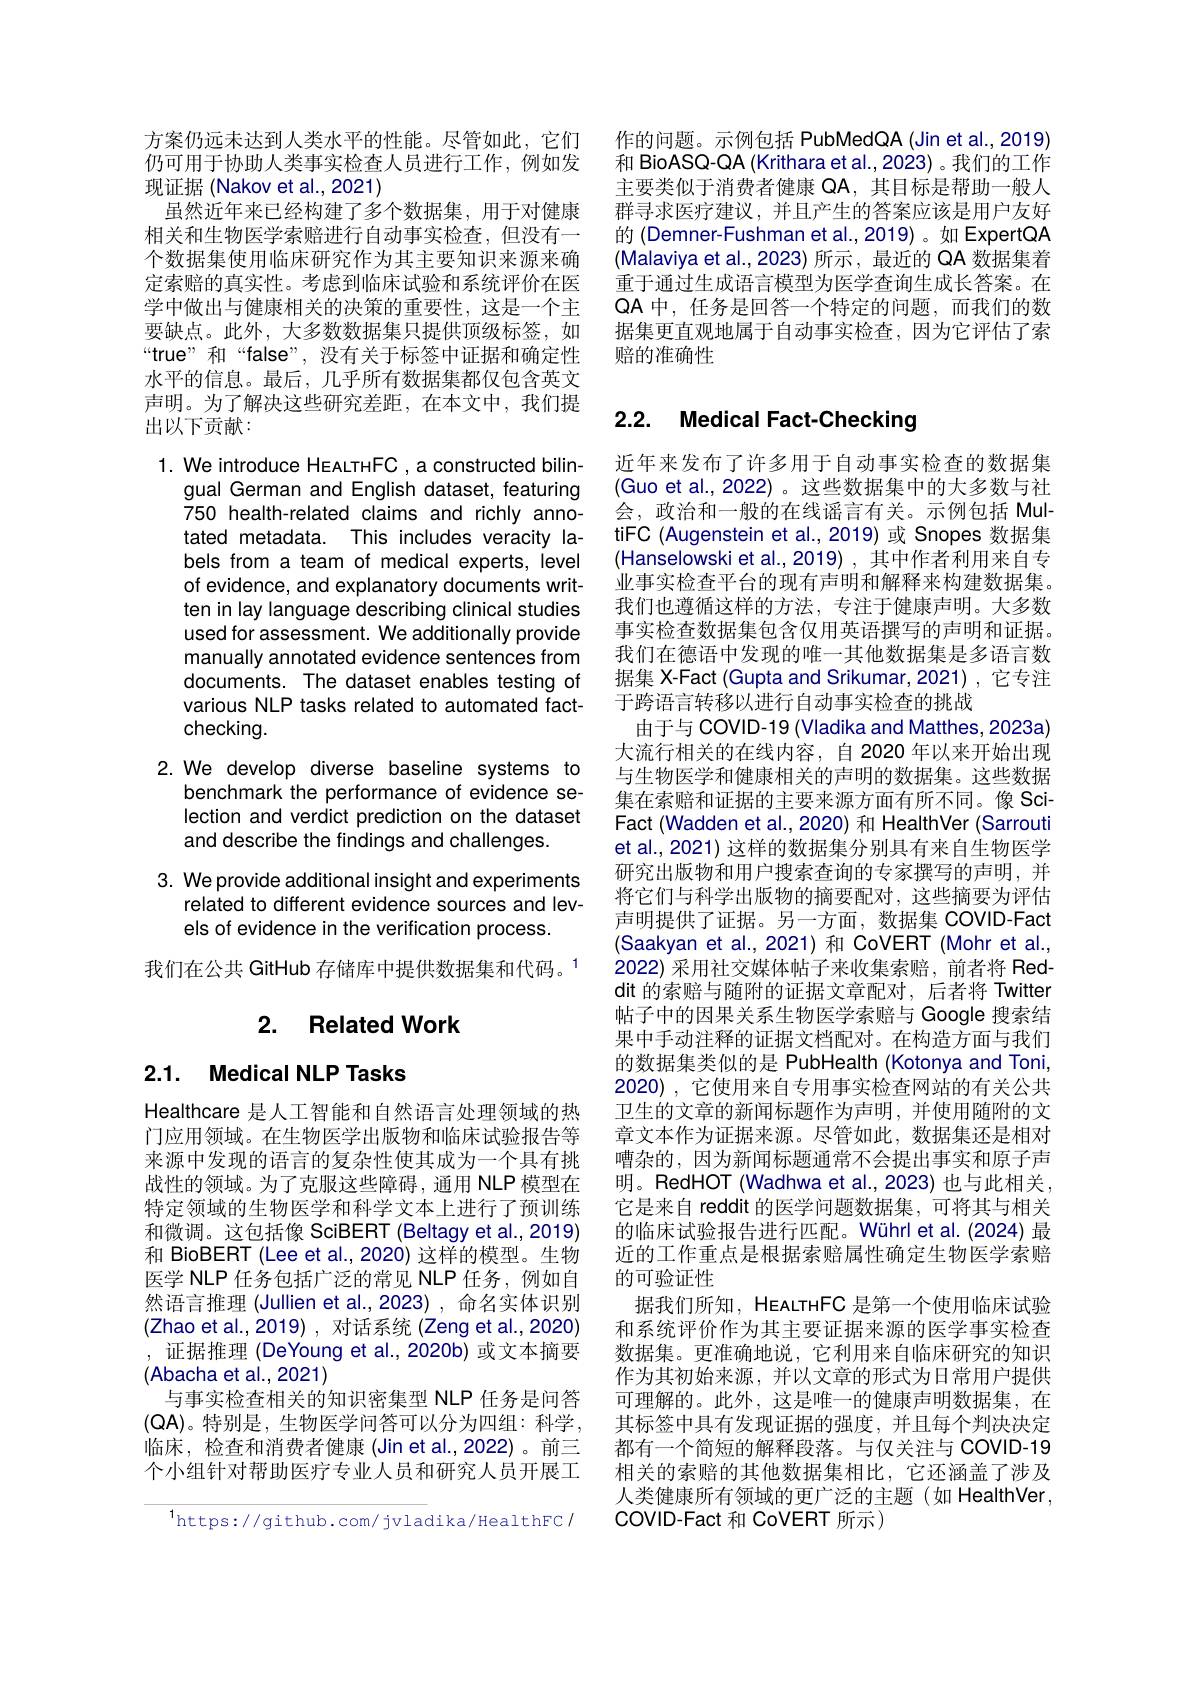
方案仍远未达到人类水平的性能。尽管如此，它们仍可用于协助人类事实检查人员进行工作，例如发现证据(Nakov et al., 2021)
虽然近年来已经构建了多个数据集，用于对健康相关和生物医学索赔进行自动事实检查，但没有一个数据集使用临床研究作为其主要知识来源来确定索赔的真实性。考虑到临床试验和系统评价在医学中做出与健康相关的决策的重要性，这是一个主要缺点。此外，大多数数据集只提供顶级标签，如“true”和“false”,没有关于标签中证据和确定性水平的信息。最后，几乎所有数据集都仅包含英文声明。为了解决这些研究差距，在本文中，我们提出以下贡献：

1. We introduce HeALTHFC, a constructed bilin-
gual German and English dataset, featuring 750 health-related claims and richly annotated metadata. This includes veracity labels from a team of medical experts, level of evidence, and explanatory documents written in lay language describing clinical studies used for assessment. We additionally provide manually annotated evidence sentences from documents. The dataset enables testing of various NLP tasks related to automated factchecking.

2. We develop diverse baseline systems to
benchmark the performance of evidence selection and verdict prediction on the dataset and describe the findings and challenges.

3. We provide additional insight and experiments
related to different evidence sources and lev-
els of evidence in the verification process.

我们在公共 GitHub 存储库中提供数据集和代码。$^{1}$

## 2. Related Work

# 2.1. Medical NLP Tasks

Healthcare 是人工智能和自然语言处理领域的热门应用领域。在生物医学出版物和临床试验报告等来源中发现的语言的复杂性使其成为一个具有挑战性的领域。为了克服这些障碍，通用 NLP 模型在特定领域的生物医学和科学文本上进行了预训练和微调。这包括像 SciBERT (Beltagy et al., 2019) 和 BioBERT (Lee et al.,2020) 这样的模型。生物医学 NLP 任务包括广泛的常见 NLP 任务，例如自然语言推理 (Jullien et al.,2023) ,命名实体识别(Zhao et al.,2019),对话系统(Zeng et al.,2020) ,证据推理(DeYoung et al.,2020b) 或文本摘要(Abacha et al., 2021)
与事实检查相关的知识密集型 NLP 任务是问答(QA)。特别是，生物医学问答可以分为四组：科学， 临床，检查和消费者健康(Jin et al.,2022)。前三个小组针对帮助医疗专业人员和研究人员开展工

$^{1}$https://github.com/jvladika/HealthFC/

作的问题。示例包括 PubMedQA (Jin et al.,2019) 和 BioASQ-QA (Krithara et al.,2023) 。我们的工作主要类似于消费者健康 QA, 其目标是帮助一般人群寻求医疗建议，并且产生的答案应该是用户友好的 (Demner-Fushman et al.,2019) 。如 ExpertQA (Malaviya et al., 2023) 所示 , 最近的 QA 数据集着重于通过生成语言模型为医学查询生成长答案。在QA 中，任务是回答一个特定的问题，而我们的数据集更直观地属于自动事实检查，因为它评估了索赔的准确性

## 2.2. Medical Fact-Checking

近年来发布了许多用于自动事实检查的数据集(Guo et al., 2022)。这些数据集中的大多数与社会，政治和一般的在线谣言有关。示例包括 MultiFC (Augenstein et al.,2019)或 Snopes 数据集(Hanselowski et al.,2019),其中作者利用来自专业事实检查平台的现有声明和解释来构建数据集。我们也遵循这样的方法，专注于健康声明。大多数事实检查数据集包含仅用英语撰写的声明和证据。我们在德语中发现的唯一其他数据集是多语言数据集 X-Fact (Gupta and Srikumar, 2021) , 它专注于跨语言转移以进行自动事实检查的挑战
由于与 COVID-19 (Vladika and Matthes, 2023a) 大流行相关的在线内容，自 2020 年以来开始出现与生物医学和健康相关的声明的数据集。这些数据集在索赔和证据的主要来源方面有所不同。像 SciFact (Wadden et al., 2020) 和 HealthVer (Sarrouti et al., 2021) 这样的数据集分别具有来自生物医学研究出版物和用户搜索查询的专家撰写的声明，并将它们与科学出版物的摘要配对，这些摘要为评估声明提供了证据。另一方面，数据集 COVID-Fact (Saakyan et al.,2021)和 CoVERT(Mohr et al., 2022) 采用社交媒体帖子来收集索赔，前者将 Red dit 的索赔与随附的证据文章配对，后者将 Twitter 帖子中的因果关系生物医学索赔与 Google 搜索结果中手动注释的证据文档配对。在构造方面与我们的数据集类似的是 PubHealth (Kotonya and Toni, 2020),它使用来自专用事实检查网站的有关公共卫生的文章的新闻标题作为声明，并使用随附的文章文本作为证据来源。尽管如此，数据集还是相对嘈杂的，因为新闻标题通常不会提出事实和原子声明。RedHOT (Wadhwa et al.,2023) 也与此相关， 它是来自 reddit 的医学问题数据集，可将其与相关的临床试验报告进行匹配。Wührlet al.(2024) 最近的工作重点是根据索赔属性确定生物医学索赔的可验证性
据我们所知，HeacthFC 是第一个使用临床试验和系统评价作为其主要证据来源的医学事实检查数据集。更准确地说，它利用来自临床研究的知识作为其初始来源，并以文章的形式为日常用户提供可理解的。此外，这是唯一的健康声明数据集，在其标签中具有发现证据的强度，并且每个判决决定都有一个简短的解释段落。与仅关注与 COVID-19相关的索赔的其他数据集相比，它还涵盖了涉及人类健康所有领域的更广泛的主题(如 HealthVer, COVID-Fact 和 CoVERT 所示)